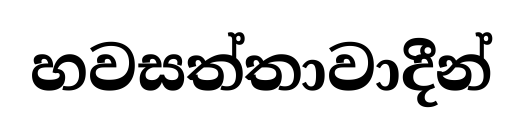
හවසත්තාවාදීන්